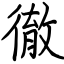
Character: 徹